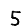
Digit: 5